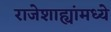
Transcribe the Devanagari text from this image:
राजेशाह्यांमध्ये